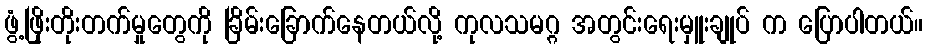
ဖွံ့ဖြိုးတိုးတက်မှုတွေကို ခြိမ်းခြောက်နေတယ်လို့ ကုလသမဂ္ဂ အတွင်းရေးမှူးချုပ် က ပြောပါတယ်။